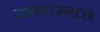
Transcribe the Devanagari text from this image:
खगतरगच्छ